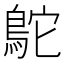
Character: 鴕